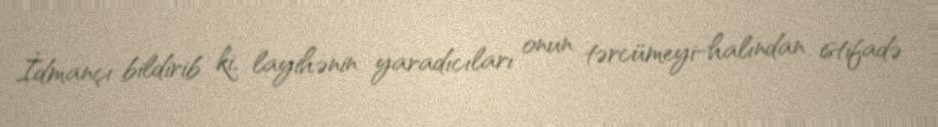
İdmançı bildirib ki, layihənin yaradıcıları onun tərcümeyi-halından istifadə